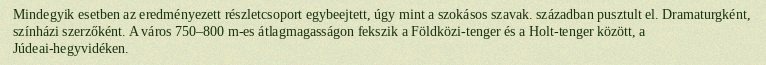
Mindegyik esetben az eredményezett részletcsoport egybeejtett, úgy mint a szokásos szavak. században pusztult el. Dramaturgként, színházi szerzőként. A város 750–800 m-es átlagmagasságon fekszik a Földközi-tenger és a Holt-tenger között, a Júdeai-hegyvidéken.